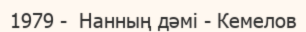
1979 -  Нанның дәмі - Кемелов